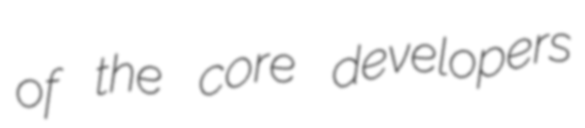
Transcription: of the core developers